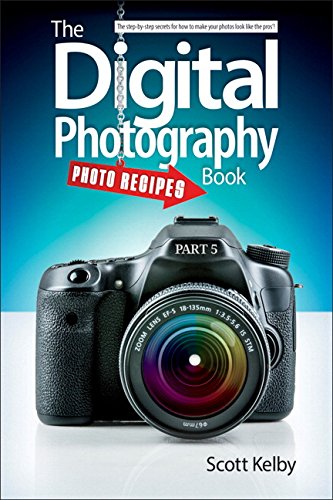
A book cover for The Digital Photography Book, Part 5: Photo Recipes; Scott Kelby; Arts & Photography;